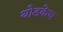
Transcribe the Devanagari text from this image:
थोडकेच